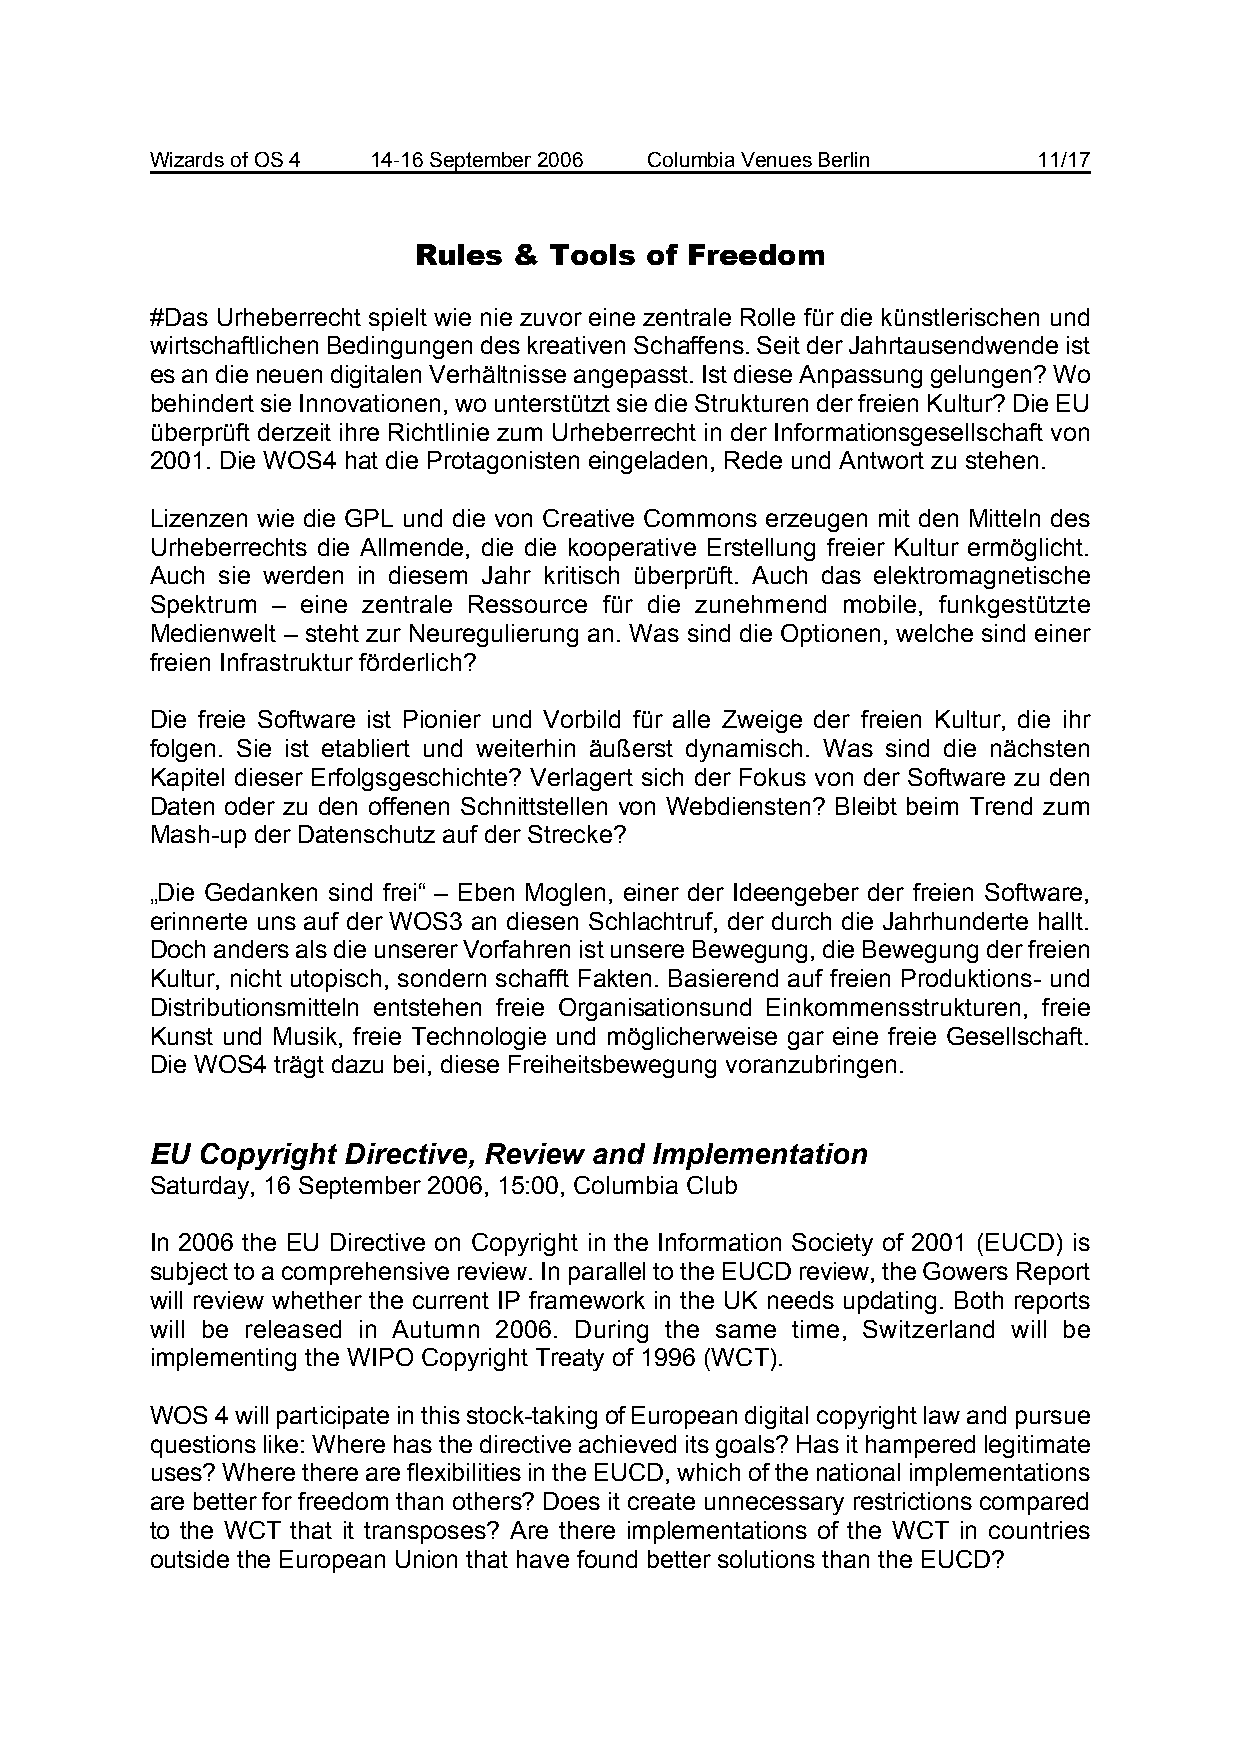
Wizards of OS 4 14-16 September 2006 Columbia Venues Berlin 11/17
 Rules  & Tools  of Freedom
 #Das Urheberrecht spielt wie nie zuvor eine zentrale Rolle für die künstlerischen und
 wirtschaftlichen Bedingungen des kreativen Schaffens. Seit der Jahrtausendwende ist
 es an die neuen digitalen Verhältnisse angepasst. Ist diese Anpassung gelungen? Wo
 behindert sie Innovationen, wo unterstützt sie die Strukturen der freien Kultur? Die EU
 überprüft derzeit ihre Richtlinie zum Urheberrecht in der Informationsgesellschaft von
 2001. Die WOS4 hat die Protagonisten eingeladen, Rede und Antwort zu stehen.
 Lizenzen wie die GPL und die von Creative Commons erzeugen mit den Mitteln des
 Urheberrechts die Allmende, die die kooperative Erstellung freier Kultur ermöglicht.
 Auch sie werden in diesem Jahr kritisch überprüft. Auch das elektromagnetische
 Spektrum – eine zentrale Ressource für die zunehmend mobile, funkgestützte
 Medienwelt – steht zur Neuregulierung an. Was sind die Optionen, welche sind einer
 freien Infrastruktur förderlich?
 Die freie Software ist Pionier und Vorbild für alle Zweige der freien Kultur, die ihr
 folgen. Sie ist etabliert und weiterhin äußerst dynamisch. Was sind die nächsten
 Kapitel dieser Erfolgsgeschichte? Verlagert sich der Fokus von der Software zu den
 Daten oder zu den offenen Schnittstellen von Webdiensten? Bleibt beim Trend zum
 Mash-up der Datenschutz auf der Strecke?
 „Die Gedanken sind frei“ – Eben Moglen, einer der Ideengeber der freien Software,
 erinnerte uns auf der WOS3 an diesen Schlachtruf, der durch die Jahrhunderte hallt.
 Doch anders als die unserer Vorfahren ist unsere Bewegung, die Bewegung der freien
 Kultur, nicht utopisch, sondern schafft Fakten. Basierend auf freien Produktions- und
 Distributionsmitteln entstehen freie Organisationsund Einkommensstrukturen, freie
 Kunst und Musik, freie Technologie und möglicherweise gar eine freie Gesellschaft.
 Die WOS4 trägt dazu bei, diese Freiheitsbewegung voranzubringen.
 EU Copyright Directive, Review and Implementation
 Saturday, 16 September 2006, 15:00, Columbia Club
 In 2006 the EU Directive on Copyright in the Information Society of 2001 (EUCD) is
 subject to a comprehensive review. In parallel to the EUCD review, the Gowers Report
 will review whether the current IP framework in the UK needs updating. Both reports
 will be released in Autumn 2006. During the same time, Switzerland will be
 implementing the WIPO Copyright Treaty of 1996 (WCT).
 WOS 4 will participate in this stock-taking of European digital copyright law and pursue
 questions like: Where has the directive achieved its goals? Has it hampered legitimate
 uses? Where there are flexibilities in the EUCD, which of the national implementations
 are better for freedom than others? Does it create unnecessary restrictions compared
 to the WCT that it transposes? Are there implementations of the WCT in countries
 outside the European Union that have found better solutions than the EUCD?